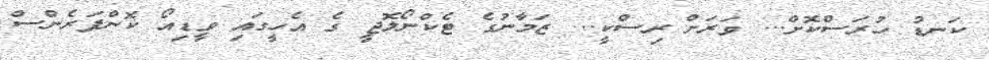
ކަނޑު ހުރަސްކޮށް... ވަރަށް ރިސްކީ... ޒަމާނުގެ ޓެކްނޯލޮޮޖީ ގެ އެހީގައި ވީޑިއޯ ކޮންފަރެންސް